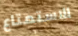
الاستمتاع